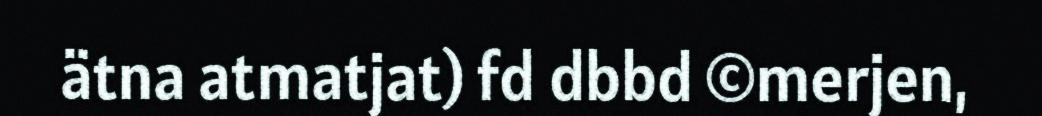
ätna atmatjat) fd dbbd ©merjen,